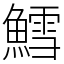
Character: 鱈